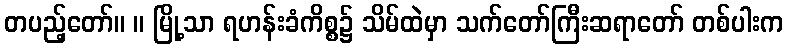
တပည့်တော်။ ။ မြို့သာ ရဟန်းခံကိစ္စ၌ သိမ်ထဲမှာ သက်တော်ကြီးဆရာတော် တစ်ပါးက